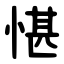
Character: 愖